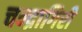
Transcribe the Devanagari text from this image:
चन्द्रागिरी